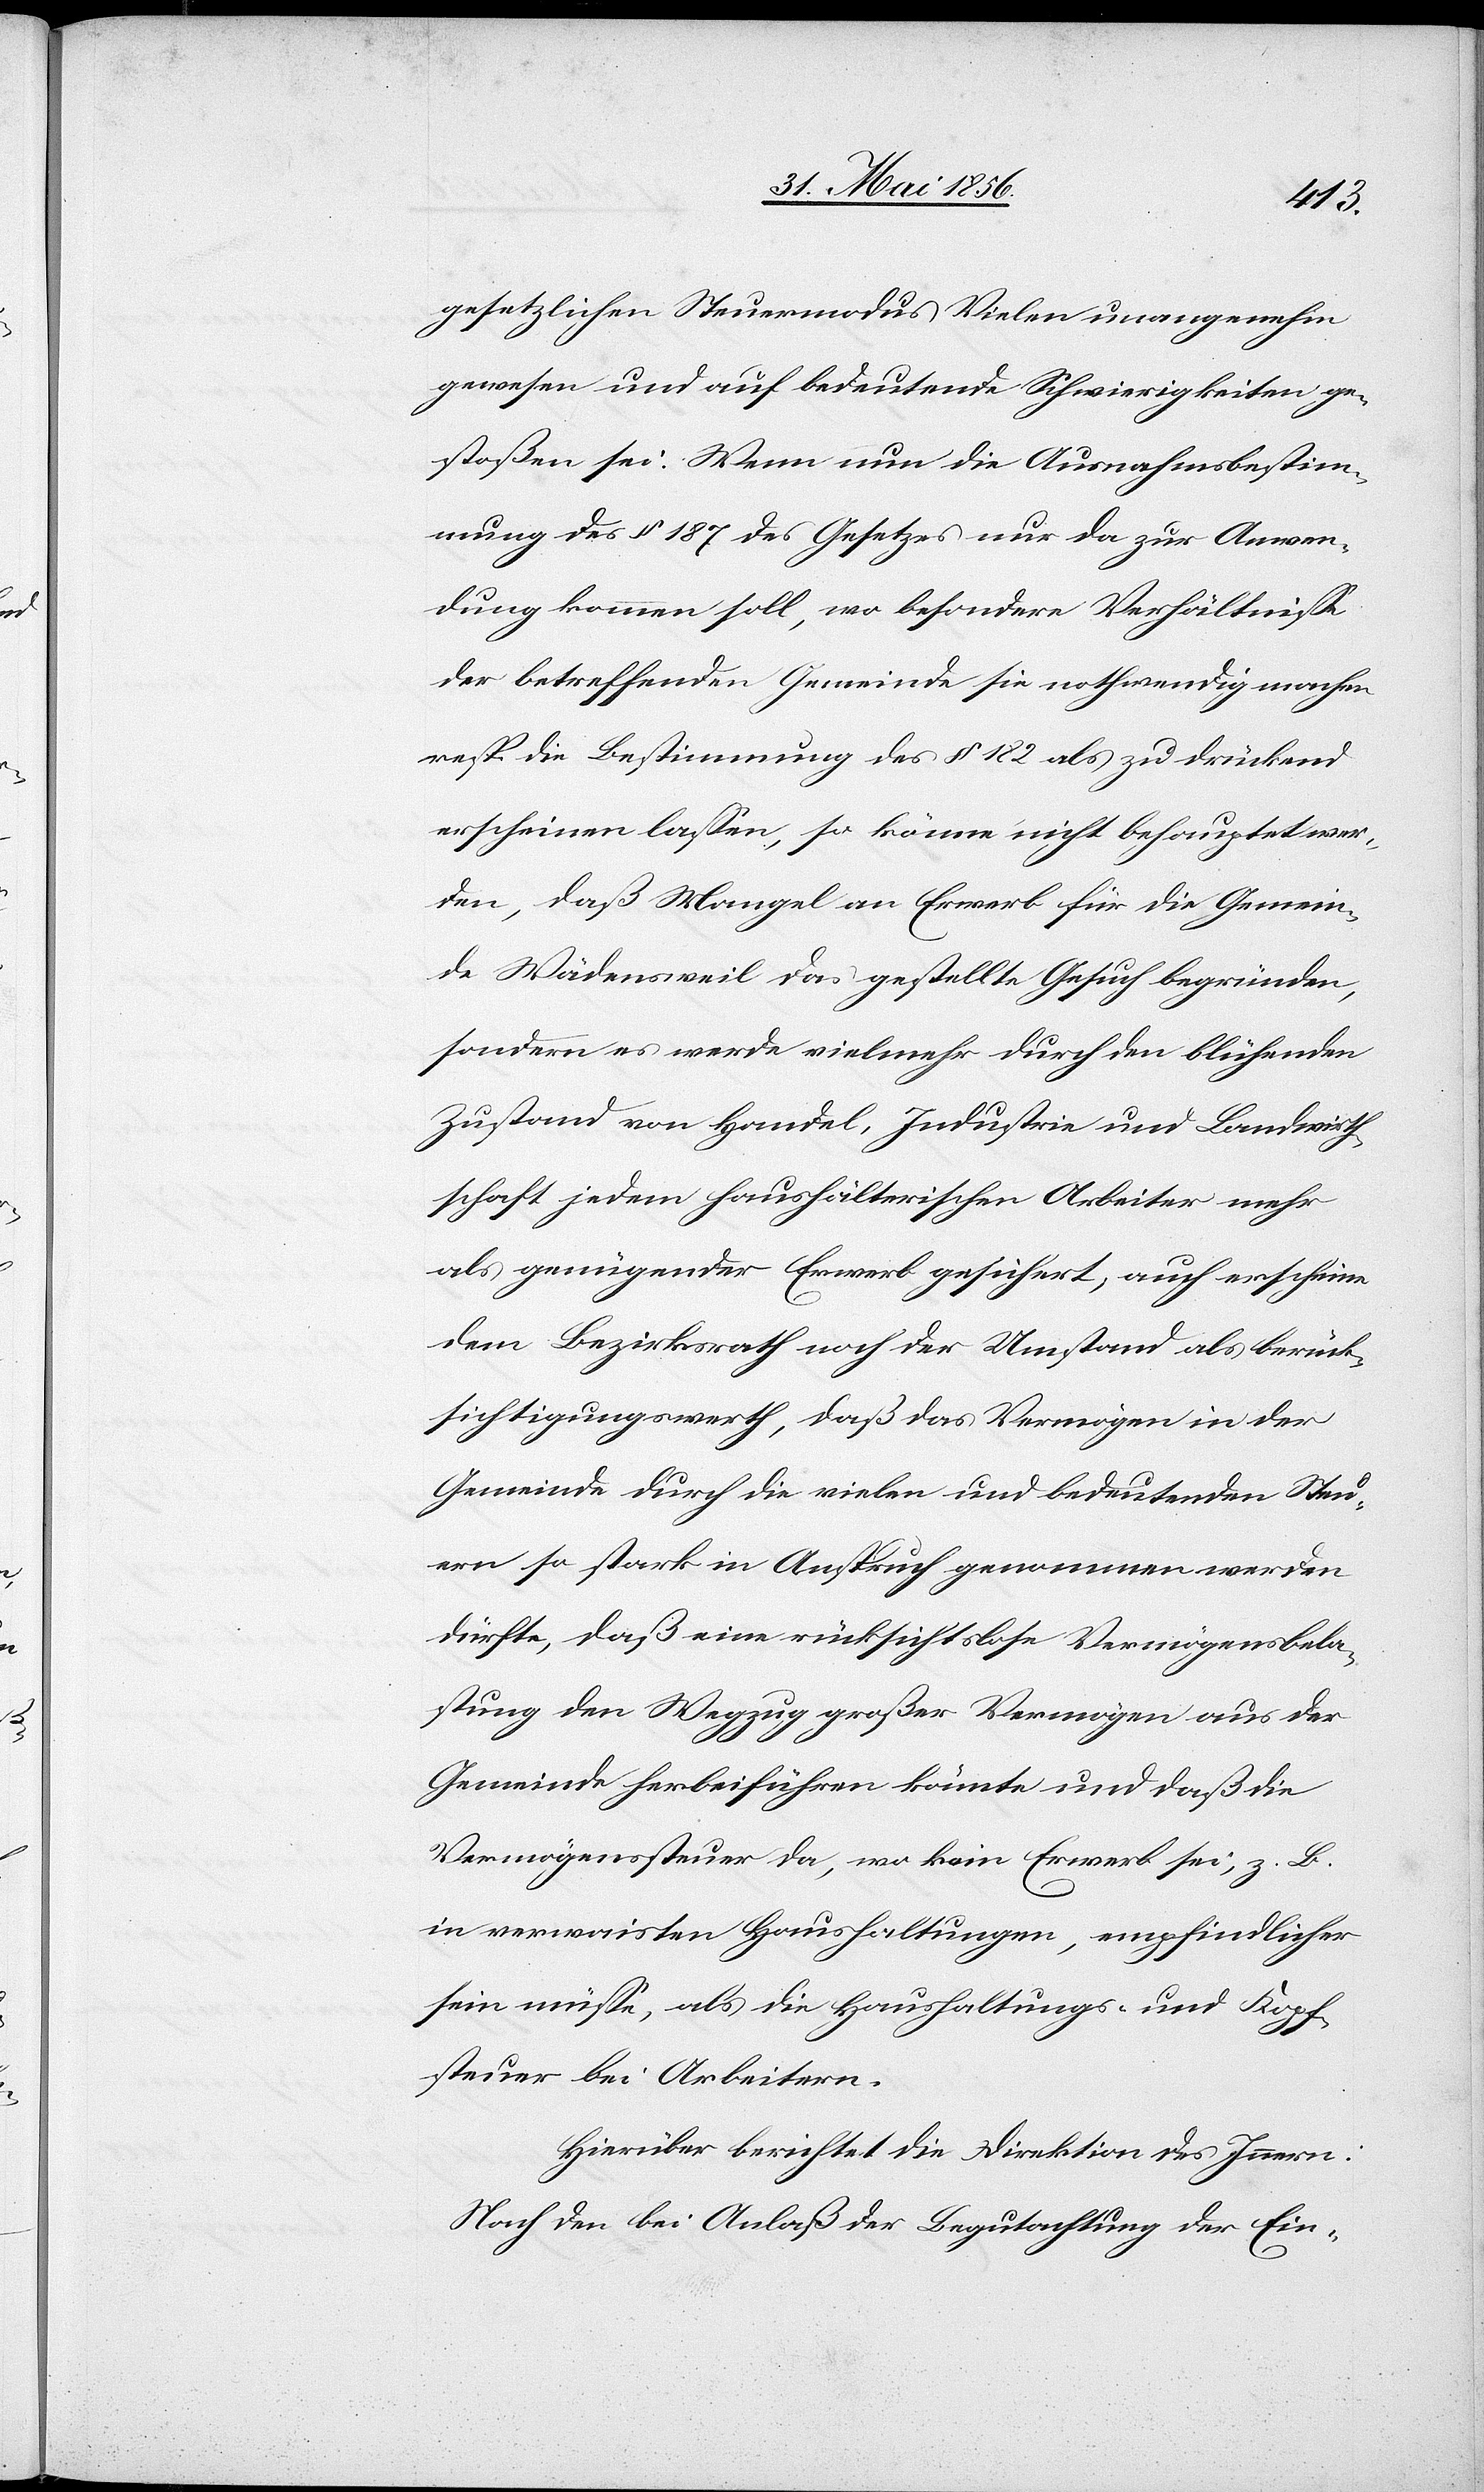
gesetzlichen Steuermodus Vielen unangenehm
gewesen und auf bedeutende Schwierigkeiten ge¬
stoßen sei. Wenn nun die Ausnahmsbestim¬
mung des § 187 des Gesetzes nur da zur Anwen¬
dung kommen soll, wo besondere Verhältnisse
der betreffenden Gemeinde sie nothwendig machen
resp. die Bestimmung des § 182 als zu drückend
erscheinen lassen, so könne nicht behauptet wer¬
den, daß Mangel an Erwerb für die Gemein¬
de Wädensweil das gestellte Gesuch begründen,
sondern es werde vielmehr durch den blühenden
Zustand von Handel, Industrie und Landwirth¬
schaft jedem haushälterischen Arbeiter mehr
als genügender Erwerb gesichert, auch erscheine
dem Bezirksrath noch der Umstand als berück¬
sichtigungswerth, daß das Vermögen in der
Gemeinde durch die vielen und bedeutenden Steu¬
ern so stark in Anspruch genommen werden
dürfte, daß eine rücksichtslose Vermögensbela¬
stung den Wegzug großer Vermögen aus der
Gemeinde herbeiführen könnte und daß die
Vermögenssteuer da, wo kein Erwerb sei, z. B.
in verwaisten Haushaltungen, empfindlicher
sein müsse, als die Haushaltungs- und Kopf¬
steuer bei Arbeitern.
Hierüber berichtet die Direktion des Innern:
Nach den bei Anlaß der Begutachtung der Ein-